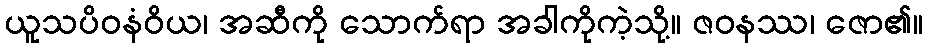
ယူသပိဝနံဝိယ၊ အဆီကို သောက်ရာ အခါကိုကဲ့သို့။ ဇဝနဿ၊ ဇော၏။